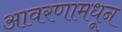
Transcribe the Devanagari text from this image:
आवरणामधून